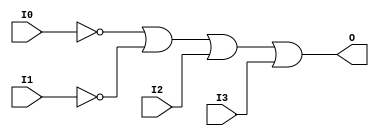
module OR4B2 (O, I0, I1, I2, I3);

    output O;

    input  I0, I1, I2, I3;

    wire i0_inv;
    wire i1_inv;

    not N1 (i1_inv, I1);
    not N0 (i0_inv, I0);
    or O1 (O, i0_inv, i1_inv, I2, I3);


endmodule